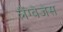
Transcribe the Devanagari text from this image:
लैंग्वेजेस